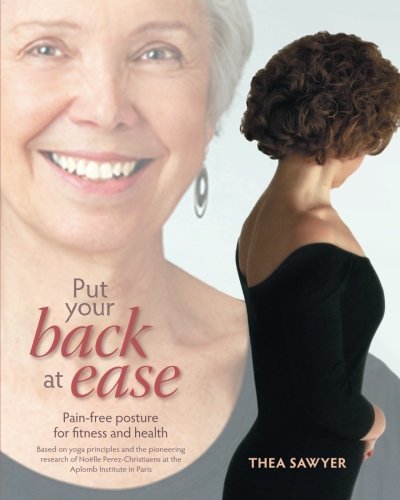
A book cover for Put Your Back at Ease: Pain free posture for fitness and health; Thea Sawyer; Health, Fitness & Dieting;